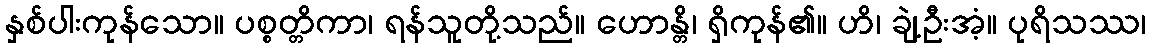
နှစ်ပါးကုန်သော။ ပစ္စတ္တိကာ၊ ရန်သူတို့သည်။ ဟောန္တိ၊ ရှိကုန်၏။ ဟိ၊ ချဲ့ဦးအံ့။ ပုရိသဿ၊